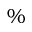
\%